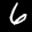
Label: 6